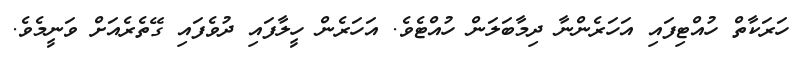
ހަރަކާތް ހުއްޓިފައި އަހަރެންނާ ދިމާބަލަން ހުއްޓެވެ. އަހަރެން ހީލާފައި ދުވެފައި ގޭތެރެއަށް ވަނީމެވެ.